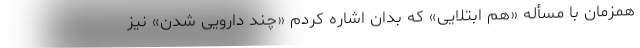
همزمان با مسأله «هم ابتلایی» که بدان اشاره کردم «چند دارویی شدن» نیز